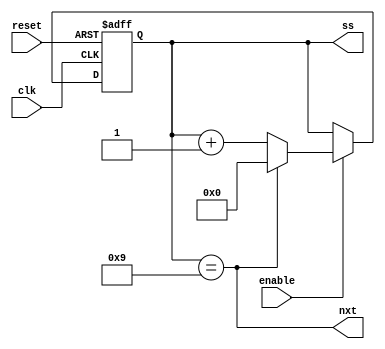
module singleseconds (reset, clk, enable, ss, nxt);
  input reset, clk, enable;
  output [3:0] ss;
  output       nxt;
  reg    [3:0] ss;
  
  assign nxt= (ss == 4'd9);
  always @(posedge clk or posedge reset)
    if (reset) ss <= 4'd0;
      else if (enable)
             if (nxt) ss <= 0;
               else ss <= ss + 1;
endmodule



module tenthsofseconds (reset, clk, enable, ts);
  input reset, clk, enable;
  output [2:0] ts;
  wire         again;
  reg    [2:0] ts;
  
  assign again = (ts == 3'd5);
  always @(posedge clk or posedge reset)
    if (reset) ts <= 4'd0;
      else if (enable)
             if (again) ts <= 0;
               else ts <= ts + 1;
endmodule



module secondcounter (reset, clk, enable, ts, ss);
  input reset, clk, enable;
  output [2:0] ts;
  output [3:0] ss;
  wire         ent;
  
  singleseconds   i0 (reset, clk, enable, ss, ent);
  tenthsofseconds i1 (reset, clk, enable & ent, ts);
endmodule


/*
module test();
  reg reset, clk;
  wire [2:0] ts;
  wire [3:0] ss;

  secondcounter CUT (reset, clk, 1'b1, ts, ss);
  
  initial begin reset =0; clk = 0; #10 reset = 1; #9 reset = 0; end
  always #4 clk = ~clk;
endmodule
*/